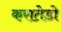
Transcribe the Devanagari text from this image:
करातेडो